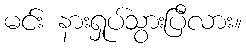
မင်း နားရှုပ်သွားပြီလား။